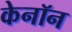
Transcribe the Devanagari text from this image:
केनॉन